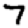
Digit: 7